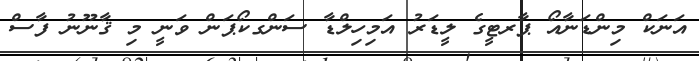
އަނަކް މިންޑަނާއޯ ޕާރޓީގެ ލީޑަރު އަމިހިލްޑާ ސަންގކޯޕަން ވަނީ މި ޤާނޫނު ފާސް